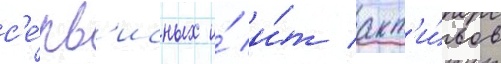
с'е́рв'исных и́ и́т акт'и́вов